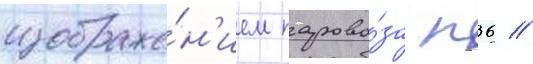
изображе́н'ием парово́за п36 //